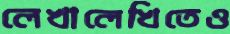
লেখালেখিতেও